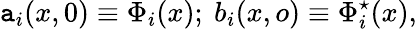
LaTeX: \mathtt{a}_{i}(x,0)\equiv\Phi_{i}(x);\ b_{i}(x,o)\equiv\Phi_{i}^{\star}(x),